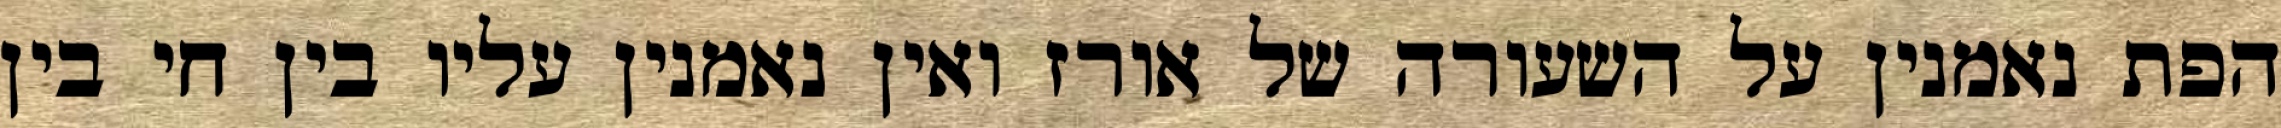
הפת נאמנין על השעורה של אורז ואין נאמנין עליו בין חי בין